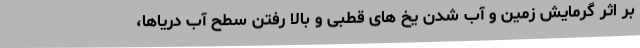
بر اثر گرمایش زمین و آب شدن یخ های قطبی و بالا رفتن سطح آب دریاها،